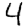
Digit: 4